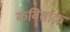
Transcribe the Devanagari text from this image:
कवितांक